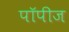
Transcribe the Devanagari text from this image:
पॉपीज